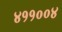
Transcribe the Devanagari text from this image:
४११००४